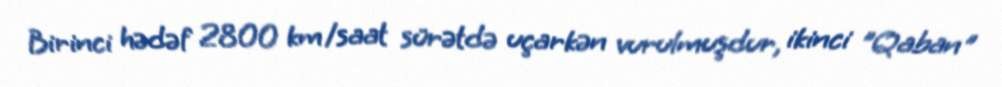
Birinci hədəf 2800 km/saat sürətdə uçarkən vurulmuşdur, ikinci "Qaban"